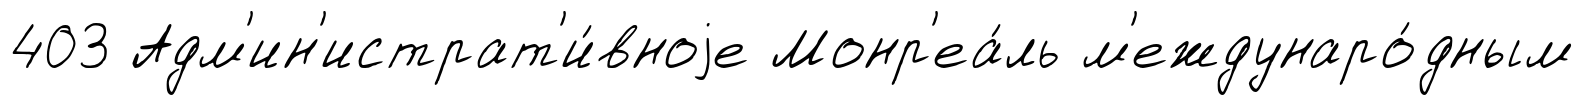
403 Адм'ин'истрат'и́вноjе Монр'еа́ль м'еждунаро́дным